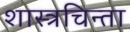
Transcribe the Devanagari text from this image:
शास्त्रचिन्ता